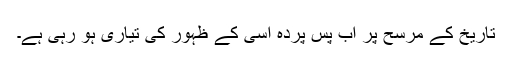
تاریخ کے مرسح پر اب پس پردہ اسی کے ظہور کی تیاری ہو رہی ہے۔